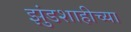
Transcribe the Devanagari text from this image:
झुंडशाहीच्या